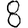
Digit: 8